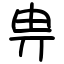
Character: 畁